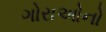
ગોરાઓનો